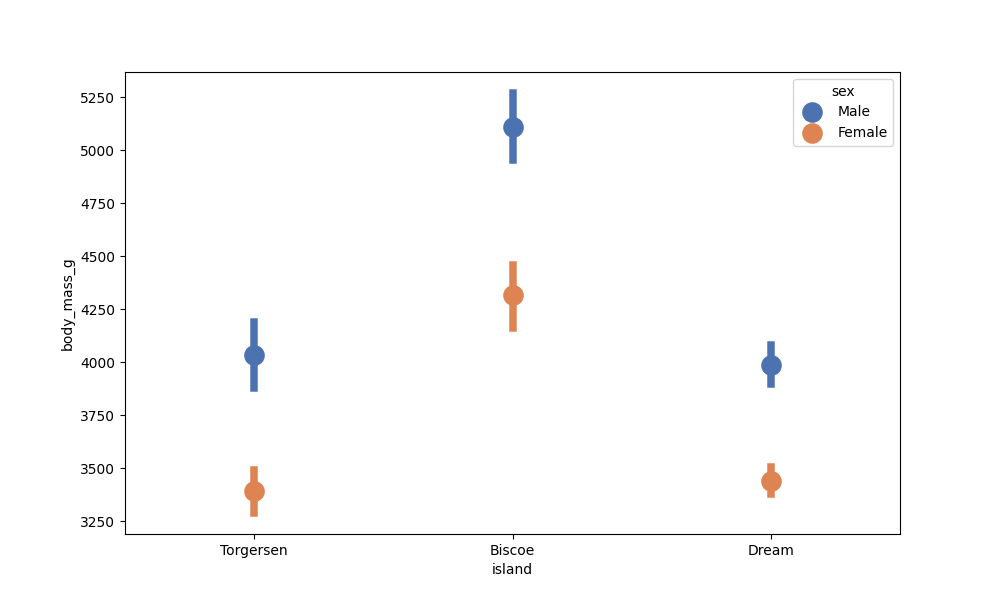
python, seaborn, pointplot, scale=2.0, join=False, hue='sex', palette='deep'